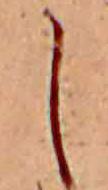
し